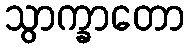
သွာက္ခာတော